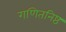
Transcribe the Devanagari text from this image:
गणितनिष्ठ